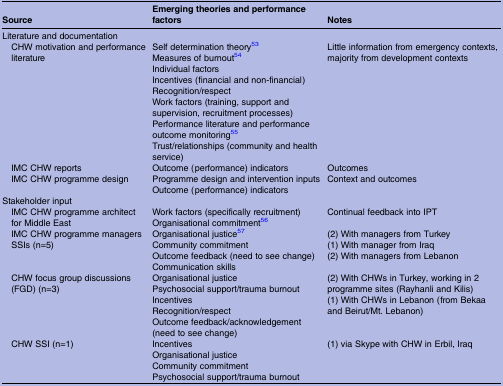
<table><thead><tr><td><b>Source</b></td><td><b>Emerging theories and performance factors</b></td><td><b>Notes</b></td></tr></thead><tbody><tr><td colspan="3">Literature and documentation</td></tr><tr><td> CHW motivation and performance literature</td><td>Self determination theory53Measures of burnout54Individual factorsIncentives (financial and non-financial)Recognition/respectWork factors (training, support and supervision, recruitment processes)Performance literature and performance outcome monitoring55Trust/relationships (community and health service)</td><td>Little information from emergency contexts, majority from development contexts</td></tr><tr><td> IMC CHW reports</td><td>Outcome (performance) indicators</td><td>Outcomes</td></tr><tr><td> IMC CHW programme design</td><td>Programme design and intervention inputsOutcome (performance) indicators</td><td>Context and outcomes</td></tr><tr><td colspan="3">Stakeholder input</td></tr><tr><td> IMC CHW programme architect for Middle East</td><td>Work factors (specifically recruitment)Organisational commitment56</td><td>Continual feedback into IPT</td></tr><tr><td> IMC CHW programme managers SSIs (n=5)</td><td>Organisational justice57Community commitmentOutcome feedback (need to see change)Communication skills</td><td>(2) With managers from Turkey(1) With manager from Iraq(2) With managers from Lebanon</td></tr><tr><td> CHW focus group discussions (FGD) (n=3)</td><td>Organisational justicePsychosocial support/trauma burnoutIncentivesRecognition/respectOutcome feedback/acknowledgement (need to see change)</td><td>(2) With CHWs in Turkey, working in 2 programme sites (Rayhanli and Kilis)(1) With CHWs in Lebanon (from Bekaa and Beirut/Mt. Lebanon)</td></tr><tr><td> CHW SSI (n=1)</td><td>IncentivesOrganisational justiceCommunity commitmentPsychosocial support/trauma burnout</td><td>(1) via Skype with CHW in Erbil, Iraq</td></tr></tbody></table>